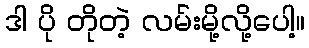
ဒါ ပို တိုတဲ့ လမ်းမို့လို့ပေါ့။